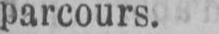
parcours.